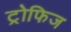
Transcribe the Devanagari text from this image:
ट्रोफिज